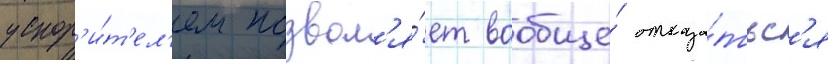
ускор'и́т'ел'ем позвол'я́ет вообще́ отказа́тьс'я